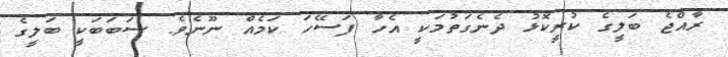
ރާއްޖެ ބަލީގެ ކުރީކޮޅު ދެނެގަތުމަކީ އެހާ ފަސޭހަ ކަމެއް ނޫނެވެ. ސަބަބަކީ ބަލީގެ